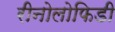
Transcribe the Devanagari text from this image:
रीनोलोफिडी